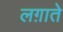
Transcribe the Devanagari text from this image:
लग़ाते